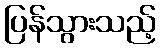
ပြန်သွားသည့်